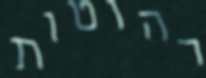
רהוטות